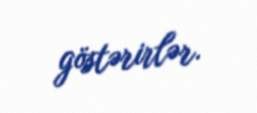
göstərirlər.